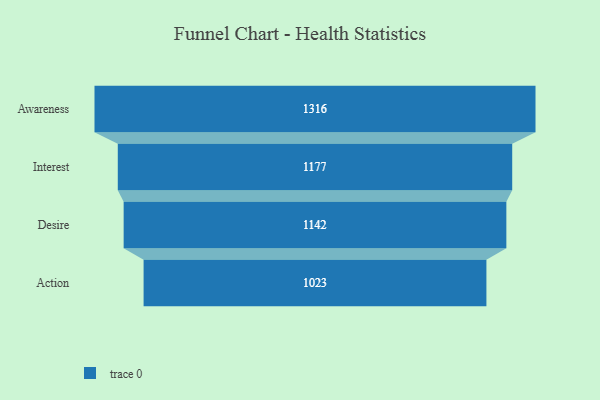
{"axis": {"x": "Stage", "y": "Value"}, "legend": [""], "data": [{"x": "Awareness", "y": 1316.0, "type": ""}, {"x": "Interest", "y": 1177.0, "type": ""}, {"x": "Desire", "y": 1142.0, "type": ""}, {"x": "Action", "y": 1023.0, "type": ""}]}